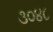
૩૦૪૮